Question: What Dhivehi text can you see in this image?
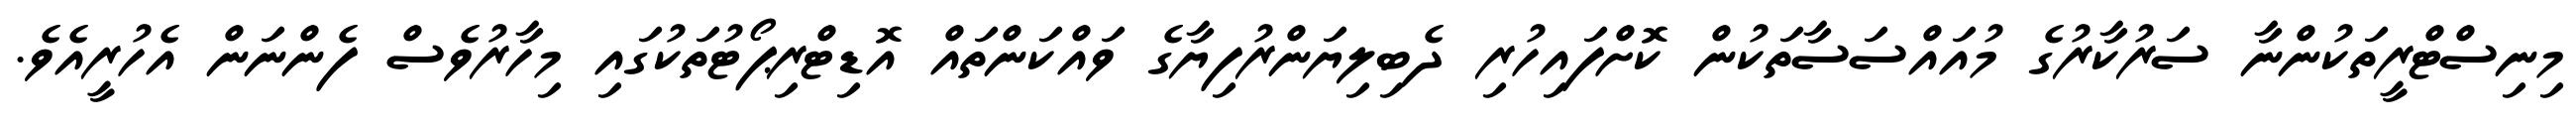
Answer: މިނިސްޓްރީތަކުންނާ ސަރުކާރުގެ މުއައްސަސާތަކުން ކޮށްފައިހުރި ދެބިލިޔަންރުފިޔާގެ ވައްކަންތައް އޮޑިޓްރިޕޯޓުތަކުގައި މިހާރުވެސް ފެންނަން އެހުރީއެވެ.